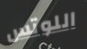
اللوتس